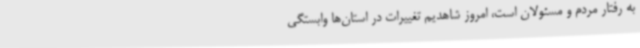
به رفتار مردم و مسئولان است، امروز شاهدیم تغییرات در استان‌ها وابستگی